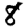
Digit: 8